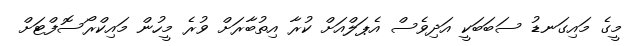
މީގެ މައިގަނޑު ސަބަބަކީ އަދިވެސް އެޕަލްއަށް ކުރާ އިތުބާރަށް ވުރެ މީހުން މައިކްރޯސޮފްޓަށް